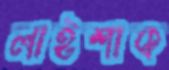
লাইশাক